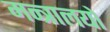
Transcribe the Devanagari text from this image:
मन्त्रालयो